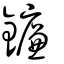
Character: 鐮